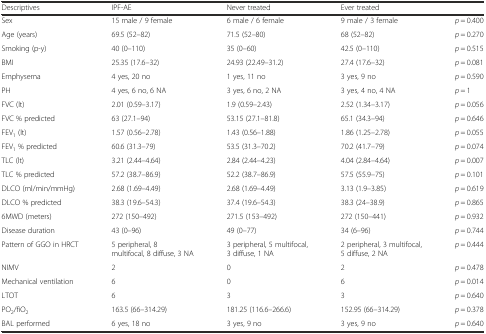
<table><thead><tr><td><b>Descriptives</b></td><td><b>IPF-AE</b></td><td><b>Never treated</b></td><td><b>Ever treated</b></td><td></td></tr></thead><tbody><tr><td>Sex</td><td>15 male / 9 female</td><td>6 male / 6 female</td><td>9 male / 3 female</td><td><i>p</i> = 0.400</td></tr><tr><td>Age (years)</td><td>69.5 (52–82)</td><td>71.5 (52–80)</td><td>68 (52–82)</td><td><i>p</i> = 0.270</td></tr><tr><td>Smoking (p-y)</td><td>40 (0–110)</td><td>35 (0–60)</td><td>42.5 (0–110)</td><td><i>p</i> = 0.515</td></tr><tr><td>BMI</td><td>25.35 (17.6–32)</td><td>24.93 (22.49–31.2)</td><td>27.4 (17.6–32)</td><td><i>p</i> = 0.081</td></tr><tr><td>Emphysema</td><td>4 yes, 20 no</td><td>1 yes, 11 no</td><td>3 yes, 9 no</td><td><i>p</i> = 0.590</td></tr><tr><td>PH</td><td>4 yes, 6 no, 6 NA</td><td>3 yes, 6 no, 2 NA</td><td>3 yes, 4 no, 4 NA</td><td><i>p</i> = 1</td></tr><tr><td>FVC (lt)</td><td>2.01 (0.59–3.17)</td><td>1.9 (0.59–2.43)</td><td>2.52 (1.34–3.17)</td><td><i>p</i> = 0.056</td></tr><tr><td>FVC % predicted</td><td>63 (27.1–94)</td><td>53.15 (27.1–81.8)</td><td>65.1 (34.3–94)</td><td><i>p</i> = 0.646</td></tr><tr><td>FEV<sub>1</sub> (lt)</td><td>1.57 (0.56–2.78)</td><td>1.43 (0.56–1.88)</td><td>1.86 (1.25–2.78)</td><td><i>p</i> = 0.055</td></tr><tr><td>FEV<sub>1</sub> % predicted</td><td>60.6 (31.3–79)</td><td>53.5 (31.3–70.2)</td><td>70.2 (41.7–79)</td><td><i>p</i> = 0.074</td></tr><tr><td>TLC (lt)</td><td>3.21 (2.44–4.64)</td><td>2.84 (2.44–4.23)</td><td>4.04 (2.84–4.64)</td><td><i>p</i> = 0.007</td></tr><tr><td>TLC % predicted</td><td>57.2 (38.7–86.9)</td><td>52.2 (38.7–86.9)</td><td>57.5 (55.9–75)</td><td><i>p</i> = 0.101</td></tr><tr><td>DLCO (ml/min/mmHg)</td><td>2.68 (1.69–4.49)</td><td>2.68 (1.69–4.49)</td><td>3.13 (1.9–3.85)</td><td><i>p</i> = 0.619</td></tr><tr><td>DLCO % predicted</td><td>38.3 (19.6–54.3)</td><td>37.4 (19.6–54.3)</td><td>38.3 (24–38.9)</td><td><i>p</i> = 0.865</td></tr><tr><td>6MWD (meters)</td><td>272 (150–492)</td><td>271.5 (153–492)</td><td>272 (150–441)</td><td><i>p</i> = 0.932</td></tr><tr><td>Disease duration</td><td>43 (0–96)</td><td>49 (0–77)</td><td>34 (6–96)</td><td><i>p</i> = 0.744</td></tr><tr><td>Pattern of GGO in HRCT</td><td>5 peripheral, 8 multifocal, 8 diffuse, 3 NA</td><td>3 peripheral, 5 multifocal, 3 diffuse, 1 NA</td><td>2 peripheral, 3 multifocal, 5 diffuse, 2 NA</td><td><i>p</i> = 0.444</td></tr><tr><td>NIMV</td><td>2</td><td>0</td><td>2</td><td><i>p</i> = 0.478</td></tr><tr><td>Mechanical ventilation</td><td>6</td><td>0</td><td>6</td><td><i>p</i> = 0.014</td></tr><tr><td>LTOT</td><td>6</td><td>3</td><td>3</td><td><i>p</i> = 0.640</td></tr><tr><td>PO<sub>2</sub>/fiO<sub>2</sub></td><td>163.5 (66–314.29)</td><td>181.25 (116.6–266.6)</td><td>152.95 (66–314.29)</td><td><i>p</i> = 0.378</td></tr><tr><td>BAL performed</td><td>6 yes, 18 no</td><td>3 yes, 9 no</td><td>3 yes, 9 no</td><td><i>p</i> = 0.640</td></tr></tbody></table>